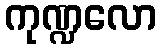
ကုဏ္ဍလော